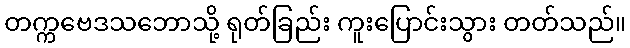
တက္ကဗေဒသဘောသို့ ရုတ်ခြည်း ကူးပြောင်းသွား တတ်သည်။